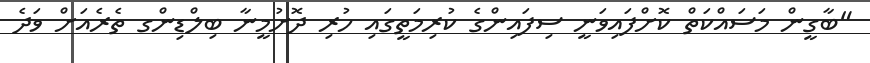
"ބާގީން މަސައްކަތް ކޮށްފައިވަނީ ސިފައިންގެ ކުރިމަތީގައި ހުރި ދޮށުމީނާ ބިލްޑިންގ ތެރެއަށް ވަދެ